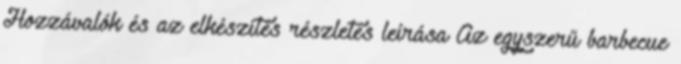
Hozzávalók és az elkészítés részletes leírása Az egyszerű barbecue